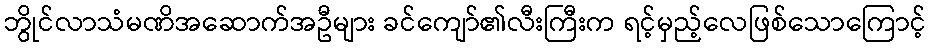
ဘွိုင်လာသံမဏိအဆောက်အဦများ ခင်ကျော်၏လီးကြီးက ရင့်မှည့်လေဖြစ်သောကြောင့်